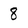
Character: 8